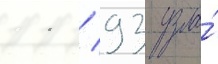
11 / 93 узла́